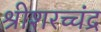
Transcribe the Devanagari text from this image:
श्रीशरच्चंद्र